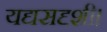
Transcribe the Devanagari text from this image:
यद्यसदृशी।